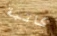
كاتبة